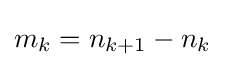
m_{k}=n_{k+1}-n_{k}